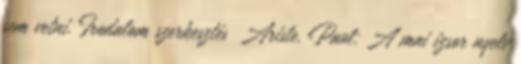
sem vetni. Irodalom szerkesztés Ariste, Paul: A mai izsor nyelv